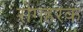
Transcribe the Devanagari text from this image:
रोगहरक